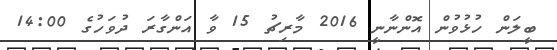
ބީލަން ހުޅުވުން އޮންނާނީ 2016 މާރިޗު 15 ވާ އަންގާރަ ދުވަހުގެ 14:00